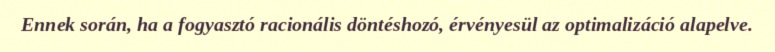
Ennek során, ha a fogyasztó racionális döntéshozó, érvényesül az optimalizáció alapelve.